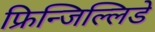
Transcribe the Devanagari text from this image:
फ्रिन्जिल्लिडे